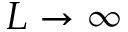
L \to \infty